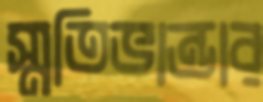
স্মৃতিভান্ডার